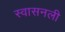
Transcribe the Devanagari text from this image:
स्वासनली